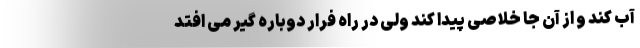
آب کند و از آن جا خلاصی پیدا کند ولی در راه فرار دوباره گیر می افتد